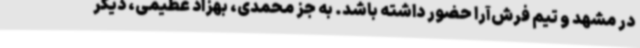
در مشهد و تیم فرش‌آرا حضور داشته باشد. به جز محمدی، بهزاد عظیمی، دیگر